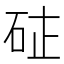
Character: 𮀗